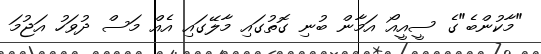
"މާކުންބެ"ގެ ސީއީއޯ އަމާން ބުނި ގޮތުގައި މާލޭގައި އެއް މަސް ދުވަހު އަޖުމަ